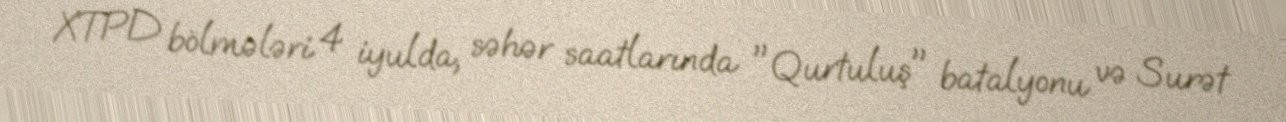
XTPD bölmələri 4 iyulda, səhər saatlarında "Qurtuluş" batalyonu və Surət